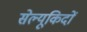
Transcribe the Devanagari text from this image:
सेल्यूकिदों